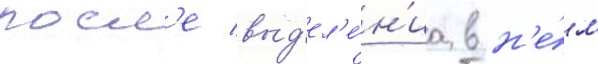
посл'е выд'ел'е́н'иа в н'е́м